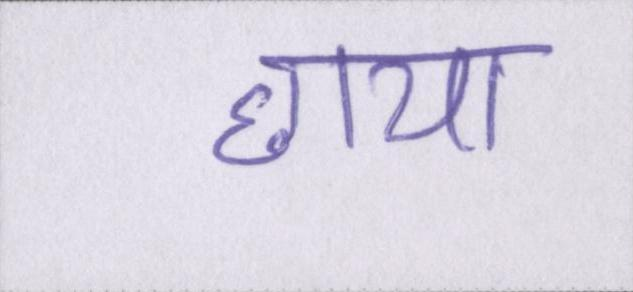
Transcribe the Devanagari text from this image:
छाया